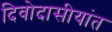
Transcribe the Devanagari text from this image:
दिवोदासीयांत